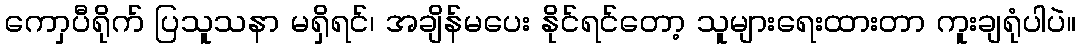
ကောှပီရိုက် ပြသူသနာ မရှိရင်၊ အချိန်မပေး နိုင်ရင်တော့ သူများရေးထားတာ ကူးချရုံပါပဲ။